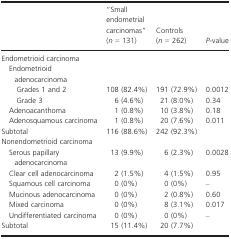
<table><thead><tr><td></td><td><b>“Small endometrial carcinomas” (<i>n</i>=131)</b></td><td><b>Controls (<i>n</i>=262)</b></td><td><b><i>P</i>-value</b></td></tr></thead><tbody><tr><td colspan="4">Endometrioid carcinoma</td></tr><tr><td colspan="4"> Endometrioid adenocarcinoma</td></tr><tr><td>Grades 1 and 2</td><td>108 (82.4%)</td><td>191 (72.9%)</td><td>0.0012</td></tr><tr><td>Grade 3</td><td>6 (4.6%)</td><td>21 (8.0%)</td><td>0.34</td></tr><tr><td> Adenoacanthoma</td><td>1 (0.8%)</td><td>10 (3.8%)</td><td>0.18</td></tr><tr><td> Adenosquamous carcinoma</td><td>1 (0.8%)</td><td>20 (7.6%)</td><td>0.011</td></tr><tr><td>Subtotal</td><td>116 (88.6%)</td><td>242 (92.3%)</td><td></td></tr><tr><td colspan="4">Nonendometrioid carcinoma</td></tr><tr><td> Serous papillary adenocarcinoma</td><td>13 (9.9%)</td><td>6 (2.3%)</td><td>0.0028</td></tr><tr><td> Clear cell adenocarcinoma</td><td>2 (1.5%)</td><td>4 (1.5%)</td><td>0.95</td></tr><tr><td> Squamous cell carcinoma</td><td>0 (0%)</td><td>0 (0%)</td><td>–</td></tr><tr><td> Mucinous adenocarcinoma</td><td>0 (0%)</td><td>2 (0.8%)</td><td>0.60</td></tr><tr><td> Mixed carcinoma</td><td>0 (0%)</td><td>8 (3.1%)</td><td>0.017</td></tr><tr><td> Undifferentiated carcinoma</td><td>0 (0%)</td><td>0 (0%)</td><td>–</td></tr><tr><td>Subtotal</td><td>15 (11.4%)</td><td>20 (7.7%)</td><td></td></tr></tbody></table>